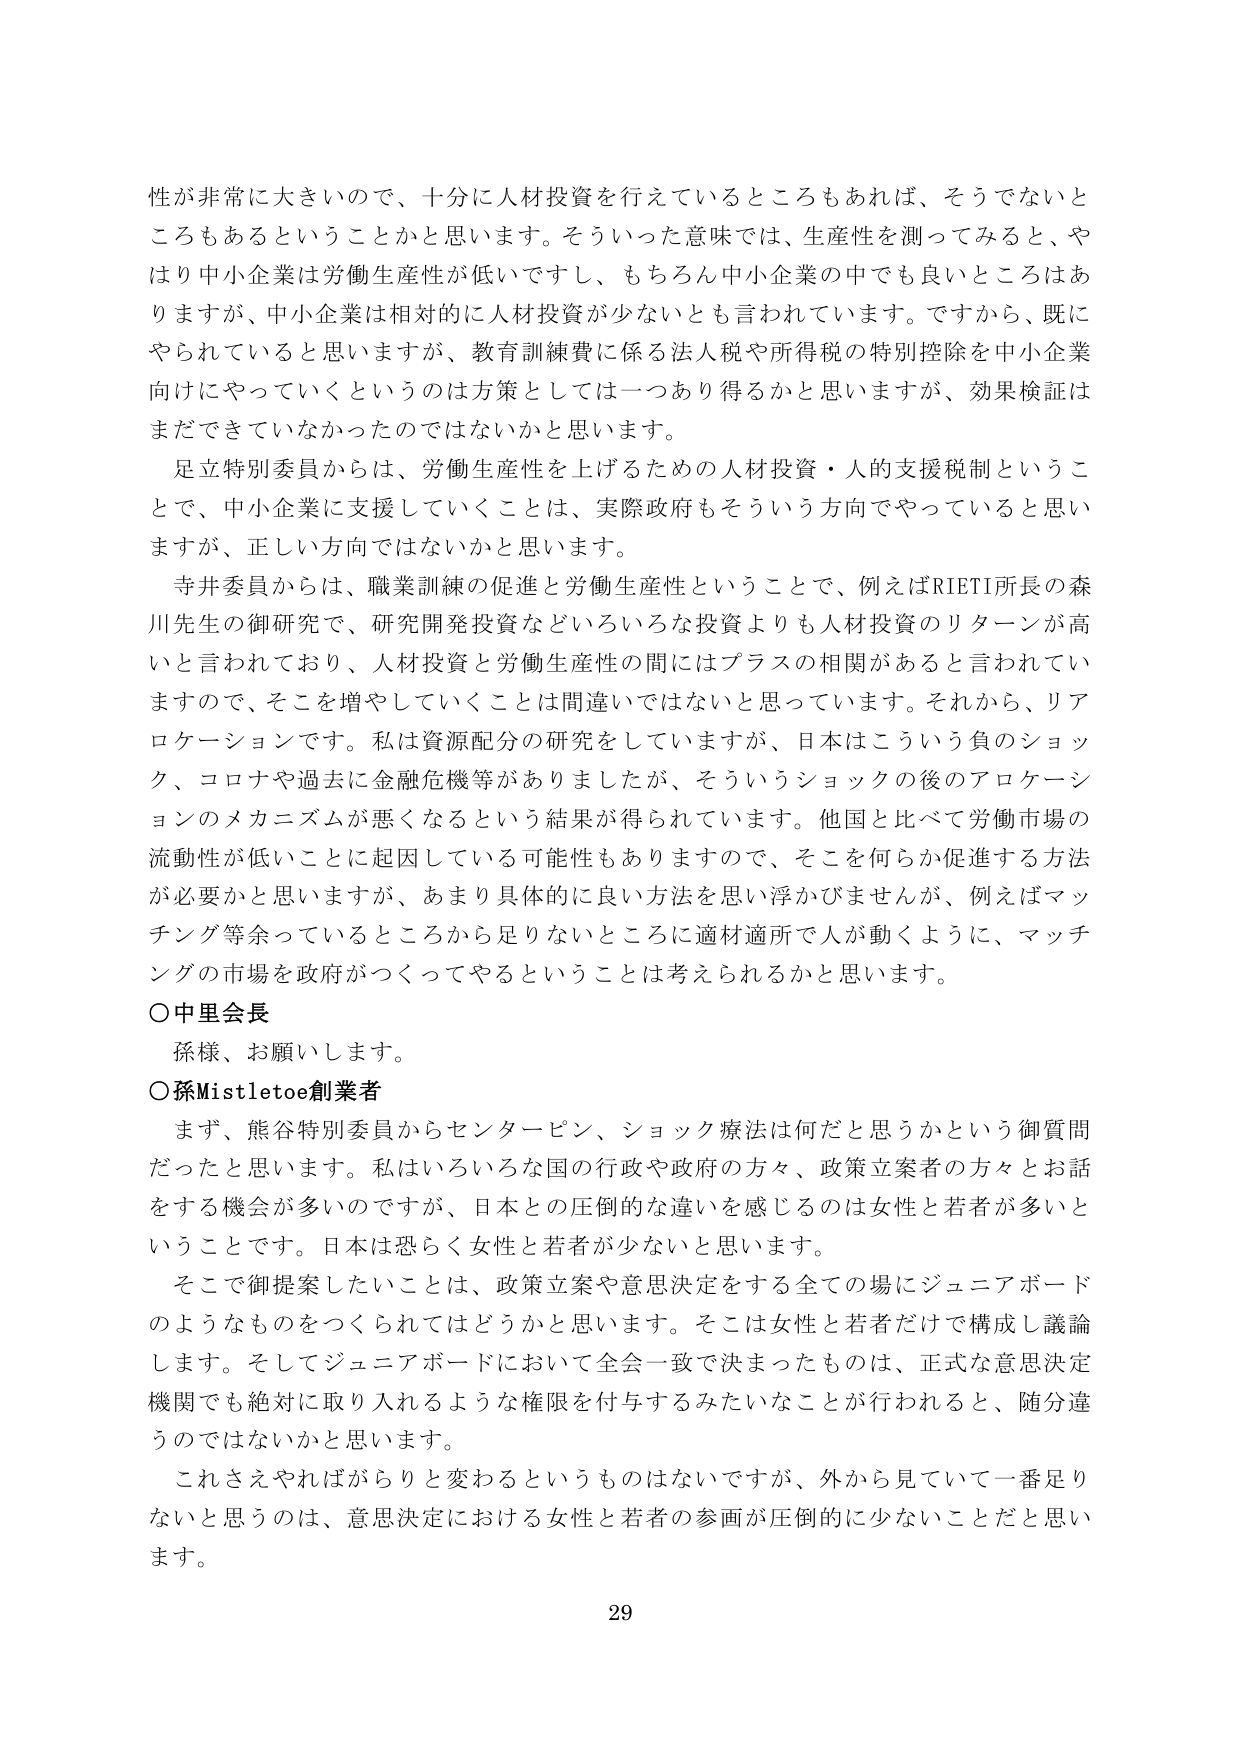
性が非常に大きいので、十分に人材投資を行えているところもあれば、そうでないところもあるということかと思います。そういった意味では、生産性を測ってみると、やはり中小企業は労働生産性が低いですし、もちろん中小企業の中でも良いところはありますが、中小企業は相対的に人材投資が少ないとも言われています。ですから、既にやられていると思いますが、教育訓練費に係る法人税や所得税の特別控除を中小企業向けにやっていくというのは方策としては一つあり得るかと思いますが、効果検証はまだできていなかったのではないかと思います。

足立特別委員からは、労働生産性を上げるための人材投資・人的支援税制ということで、中小企業に支援していくことは、実際政府もそういう方向でやっていると思いますが、正しい方向ではないかと思います。

寺井委員からは、職業訓練の促進と労働生産性ということで、例えばRIETI所長の森川先生の御研究で、研究開発投資などいろいろな投資よりも人材投資のリターンが高いと言われており、人材投資と労働生産性の間にはプラスの相関があると言われていますので、そこを増やしていくことは間違いではないと思っています。それから、リアロケーションです。私は資源配分の研究をしていますが、日本はこういう負のショック、コロナや過去に金融危機等がありましたが、そういうショックの後のアロケーションのメカニズムが悪くなるという結果が得られています。他国と比べて労働市場の流動性が低いことに起因している可能性もありますので、そこを何らか促進する方法が必要かと思いますが、あまり具体的に良い方法を思い浮かべませんが、例えばマッチング等余っているところから足りないところに適材適所で人が動くように、マッチングの市場を政府がつくってやるということは考えられるかと思います。

○中里会長
孫様、お願いします。

○孫Mistletoe創業者
まず、熊谷特別委員からセンターピン、ショック療法は何だと思うかという御質問だったと思います。私はいろいろな国の行政や政府の方々、政策立案者の方々とお話をする機会が多いのですが、日本との圧倒的な違いを感じるのは女性と若者が多いうことです。日本は恐らく女性と若者が少ないと思います。

そこで御提案したいことは、政策立案や意思決定をする全ての場にジュニアボードのようなものをつけられてはどうかと思います。そこは女性と若者だけで構成し議論します。そしてジュニアボードにおいて全会一致で決まったものは、正式な意思決定機関でも絶対に取り入れるような権限を付与するみたいなことが行われると、随分違うのではないかと思います。

これさえやればがらりと変わるというものはないですが、外から見ていて一番足りないと思うのは、意思決定における女性と若者の参画が圧倒的に少ないことだと思います。

29